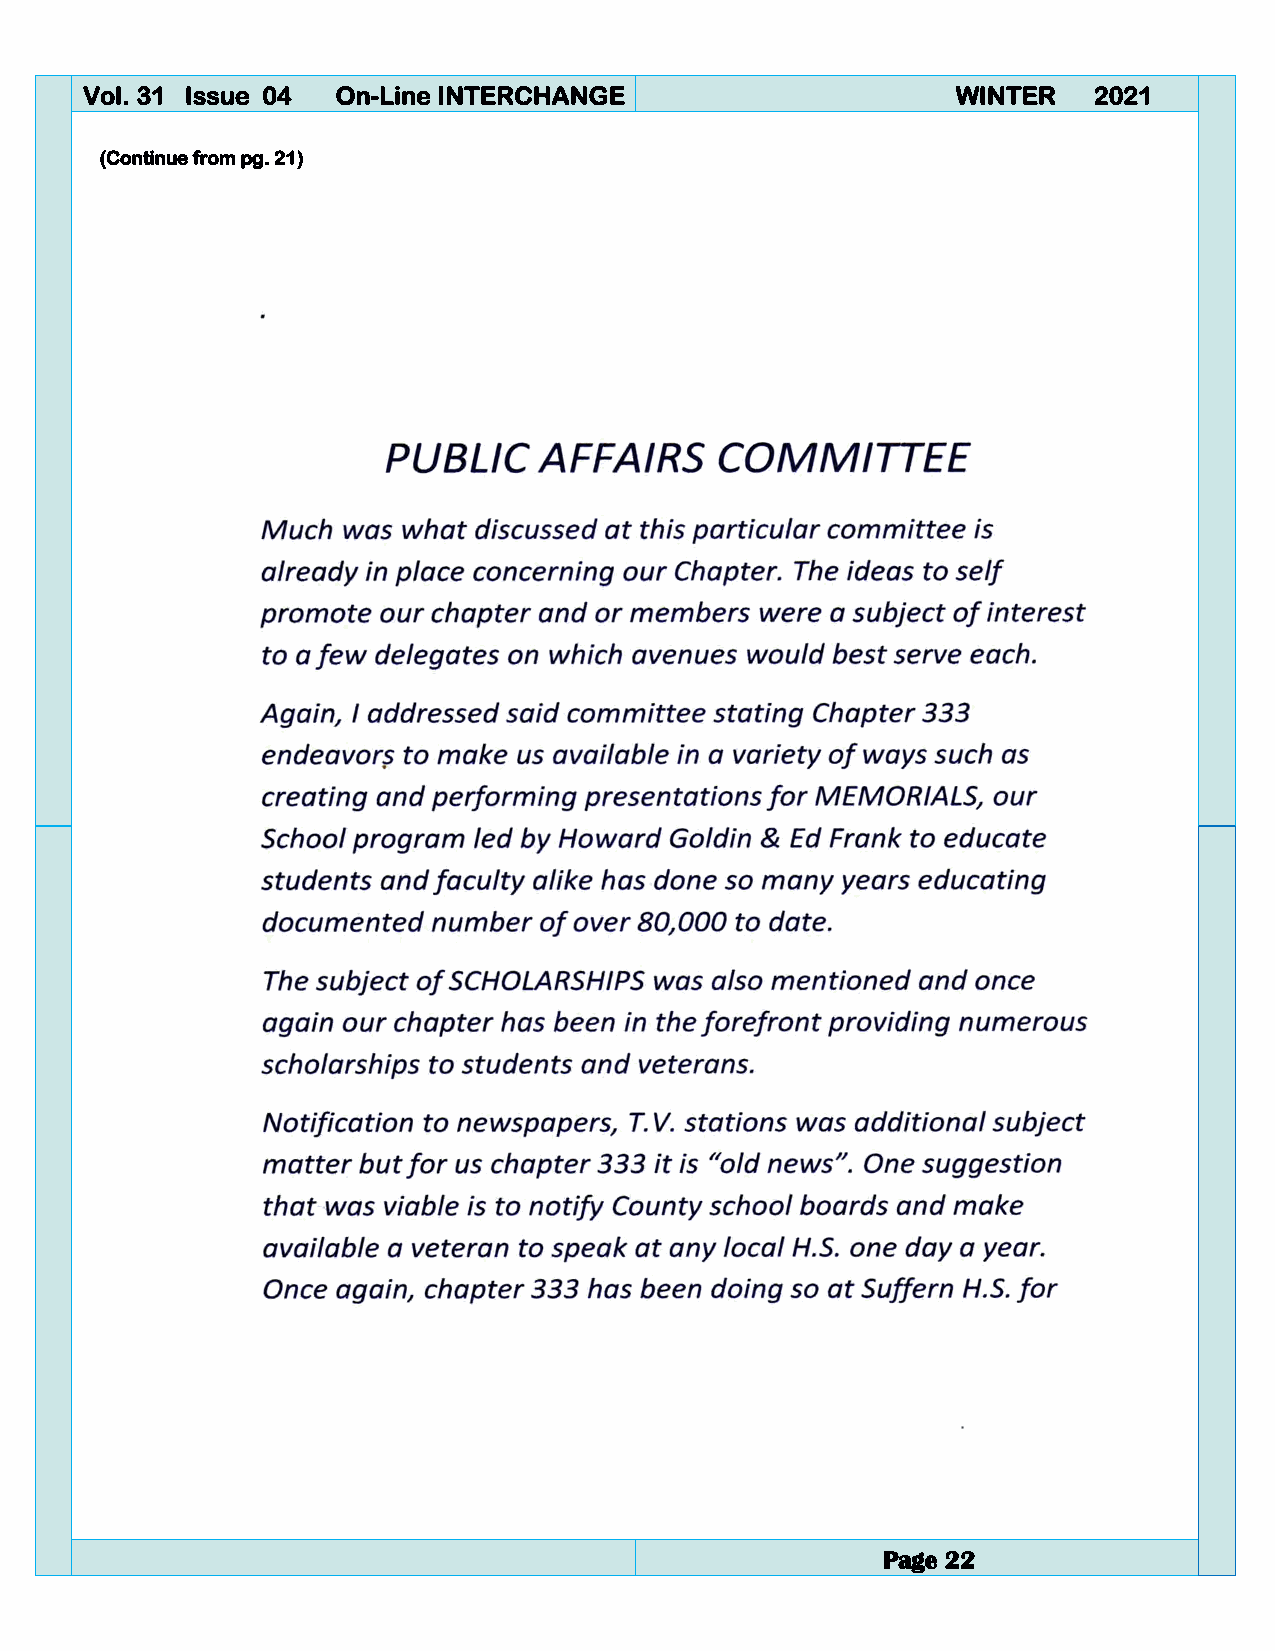
Vol. 31 Issue 04 On-Line INTERCHANGE                      WINTER   2021
 (Continue from pg. 21)
 Page 22